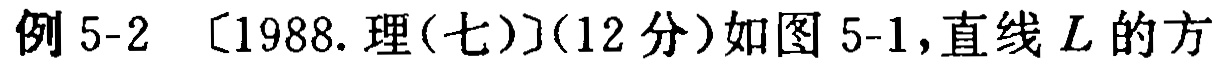
例 5-2 〔1988. 理(七)〕(12 分)如图 5-1，直线 \(L\) 的方